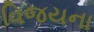
વિજયના